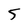
Character: 5